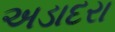
અડાદરા